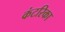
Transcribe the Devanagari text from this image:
कंटरिका